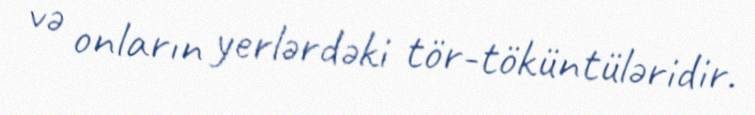
və onların yerlərdəki tör-töküntüləridir.